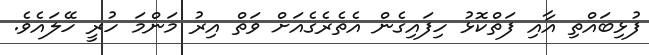
ފުޅިބައްތި އާއި ފަތްކޮޅު ހިފައިގެން އެތެރެގެއަށް ވަތް އިރު މަންމަ ހުރީ ހޭލައެވެ.